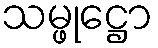
သမ္ဖုဋ္ဌော